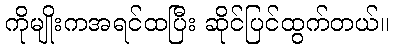
ကိုမျိုးကအရင်ထပြီး ဆိုင်ပြင်ထွက်တယ်။